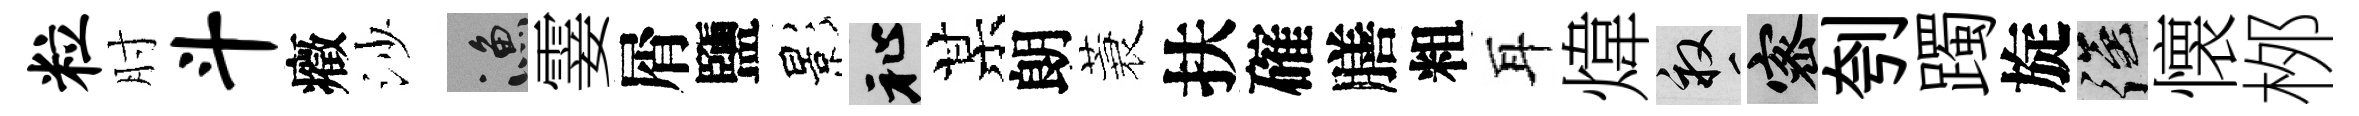
粒肘斗癥沙漁霎屑鹽影祉某朗蓑扶確膳粗耳煒畝密刳躅旋强懐桞